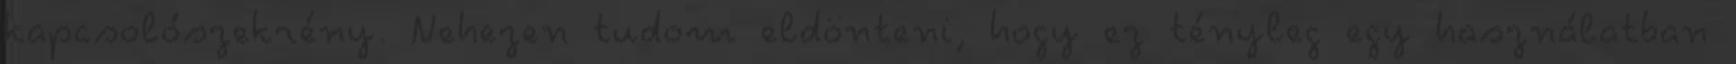
kapcsolószekrény. Nehezen tudom eldönteni, hogy ez tényleg egy használatban